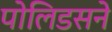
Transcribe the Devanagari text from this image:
पोलिडसने